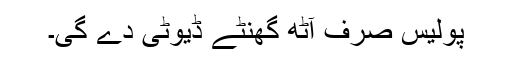
پولیس صرف آٹھ گھنٹے ڈیوٹی دے گی۔